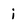
Character: i